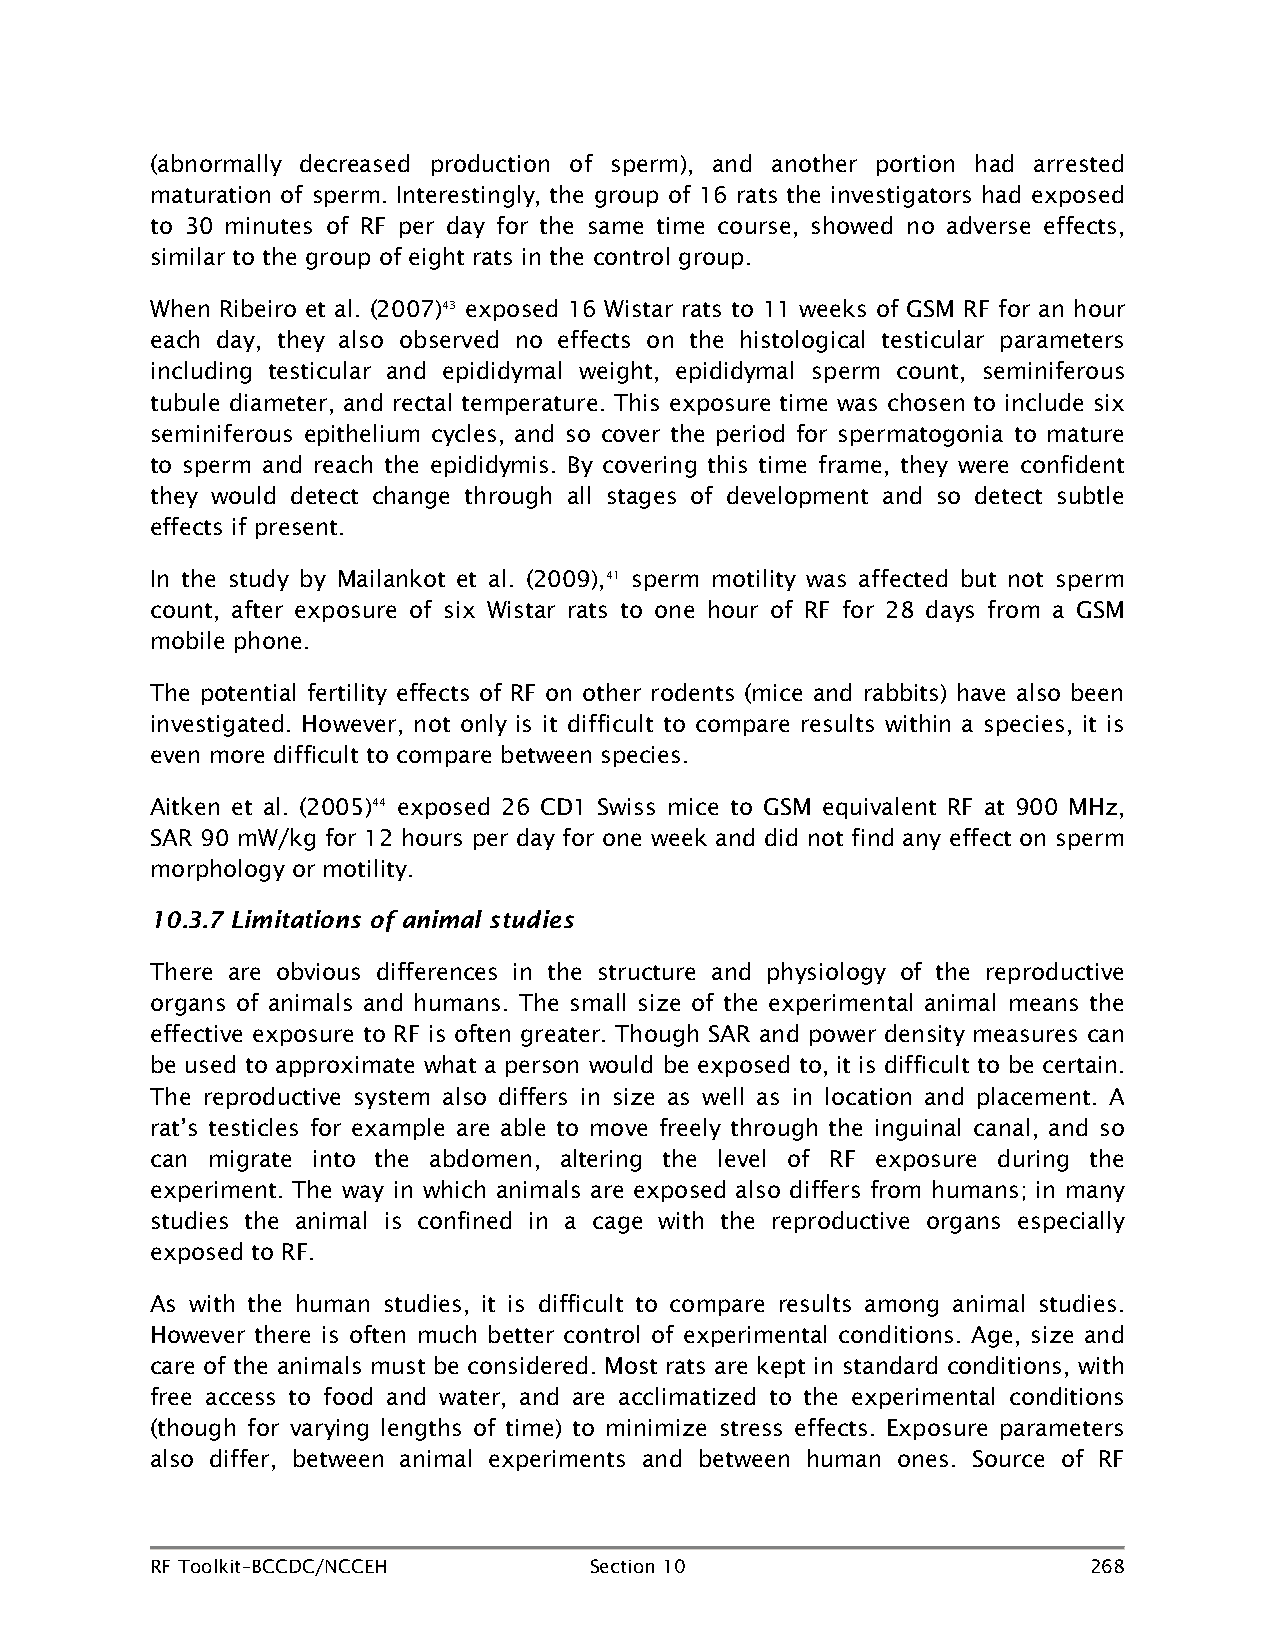
(abnormally decreased production of sperm), and another portion had arrested
 maturation of sperm. Interestingly, the group of 16 rats the investigators had exposed
 to 30 minutes of RF per day for the same time course, showed no adverse effects,
 similar to the group of eight rats in the control group.
 When Ribeiro et al. (2007)43 exposed 16 Wistar rats to 11 weeks of GSM RF for an hour
 each day, they also observed no effects on the histological testicular parameters
 including testicular and epididymal weight, epididymal sperm count, seminiferous
 tubule diameter, and rectal temperature. This exposure time was chosen to include six
 seminiferous epithelium cycles, and so cover the period for spermatogonia to mature
 to sperm and reach the epididymis. By covering this time frame, they were confident
 they would detect change through all stages of development and so detect subtle
 effects if present.
 In the study by Mailankot et al. (2009),41 sperm motility was affected but not sperm
 count, after exposure of six Wistar rats to one hour of RF for 28 days from a GSM
 mobile phone.
 The potential fertility effects of RF on other rodents (mice and rabbits) have also been
 investigated. However, not only is it difficult to compare results within a species, it is
 even more difficult to compare between species.
 Aitken et al. (2005)44 exposed 26 CD1 Swiss mice to GSM equivalent RF at 900 MHz,
 SAR 90 mW/kg for 12 hours per day for one week and did not find any effect on sperm
 morphology or motility.
 10.3.7 Limitations of animal studies
 There are obvious differences in the structure and physiology of the reproductive
 organs of animals and humans. The small size of the experimental animal means the
 effective exposure to RF is often greater. Though SAR and power density measures can
 be used to approximate what a person would be exposed to, it is difficult to be certain.
 The reproductive system also differs in size as well as in location and placement. A
 rat’s testicles for example are able to move freely through the inguinal canal, and so
 can migrate into the abdomen, altering the level of RF exposure during the
 experiment. The way in which animals are exposed also differs from humans; in many
 studies the animal is confined in a cage with the reproductive organs especially
 exposed to RF.
 As with the human studies, it is difficult to compare results among animal studies.
 However there is often much better control of experimental conditions. Age, size and
 care of the animals must be considered. Most rats are kept in standard conditions, with
 free access to food and water, and are acclimatized to the experimental conditions
 (though for varying lengths of time) to minimize stress effects. Exposure parameters
 also differ, between animal experiments and between human ones. Source of RF
 RF Toolkit–BCCDC/NCCEH       Section 10                       268